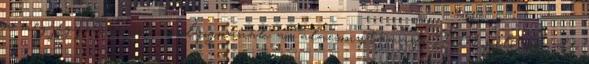
a megjegyzésen jót mosolyognának az alacsonytámadó F-111 pilóták, de